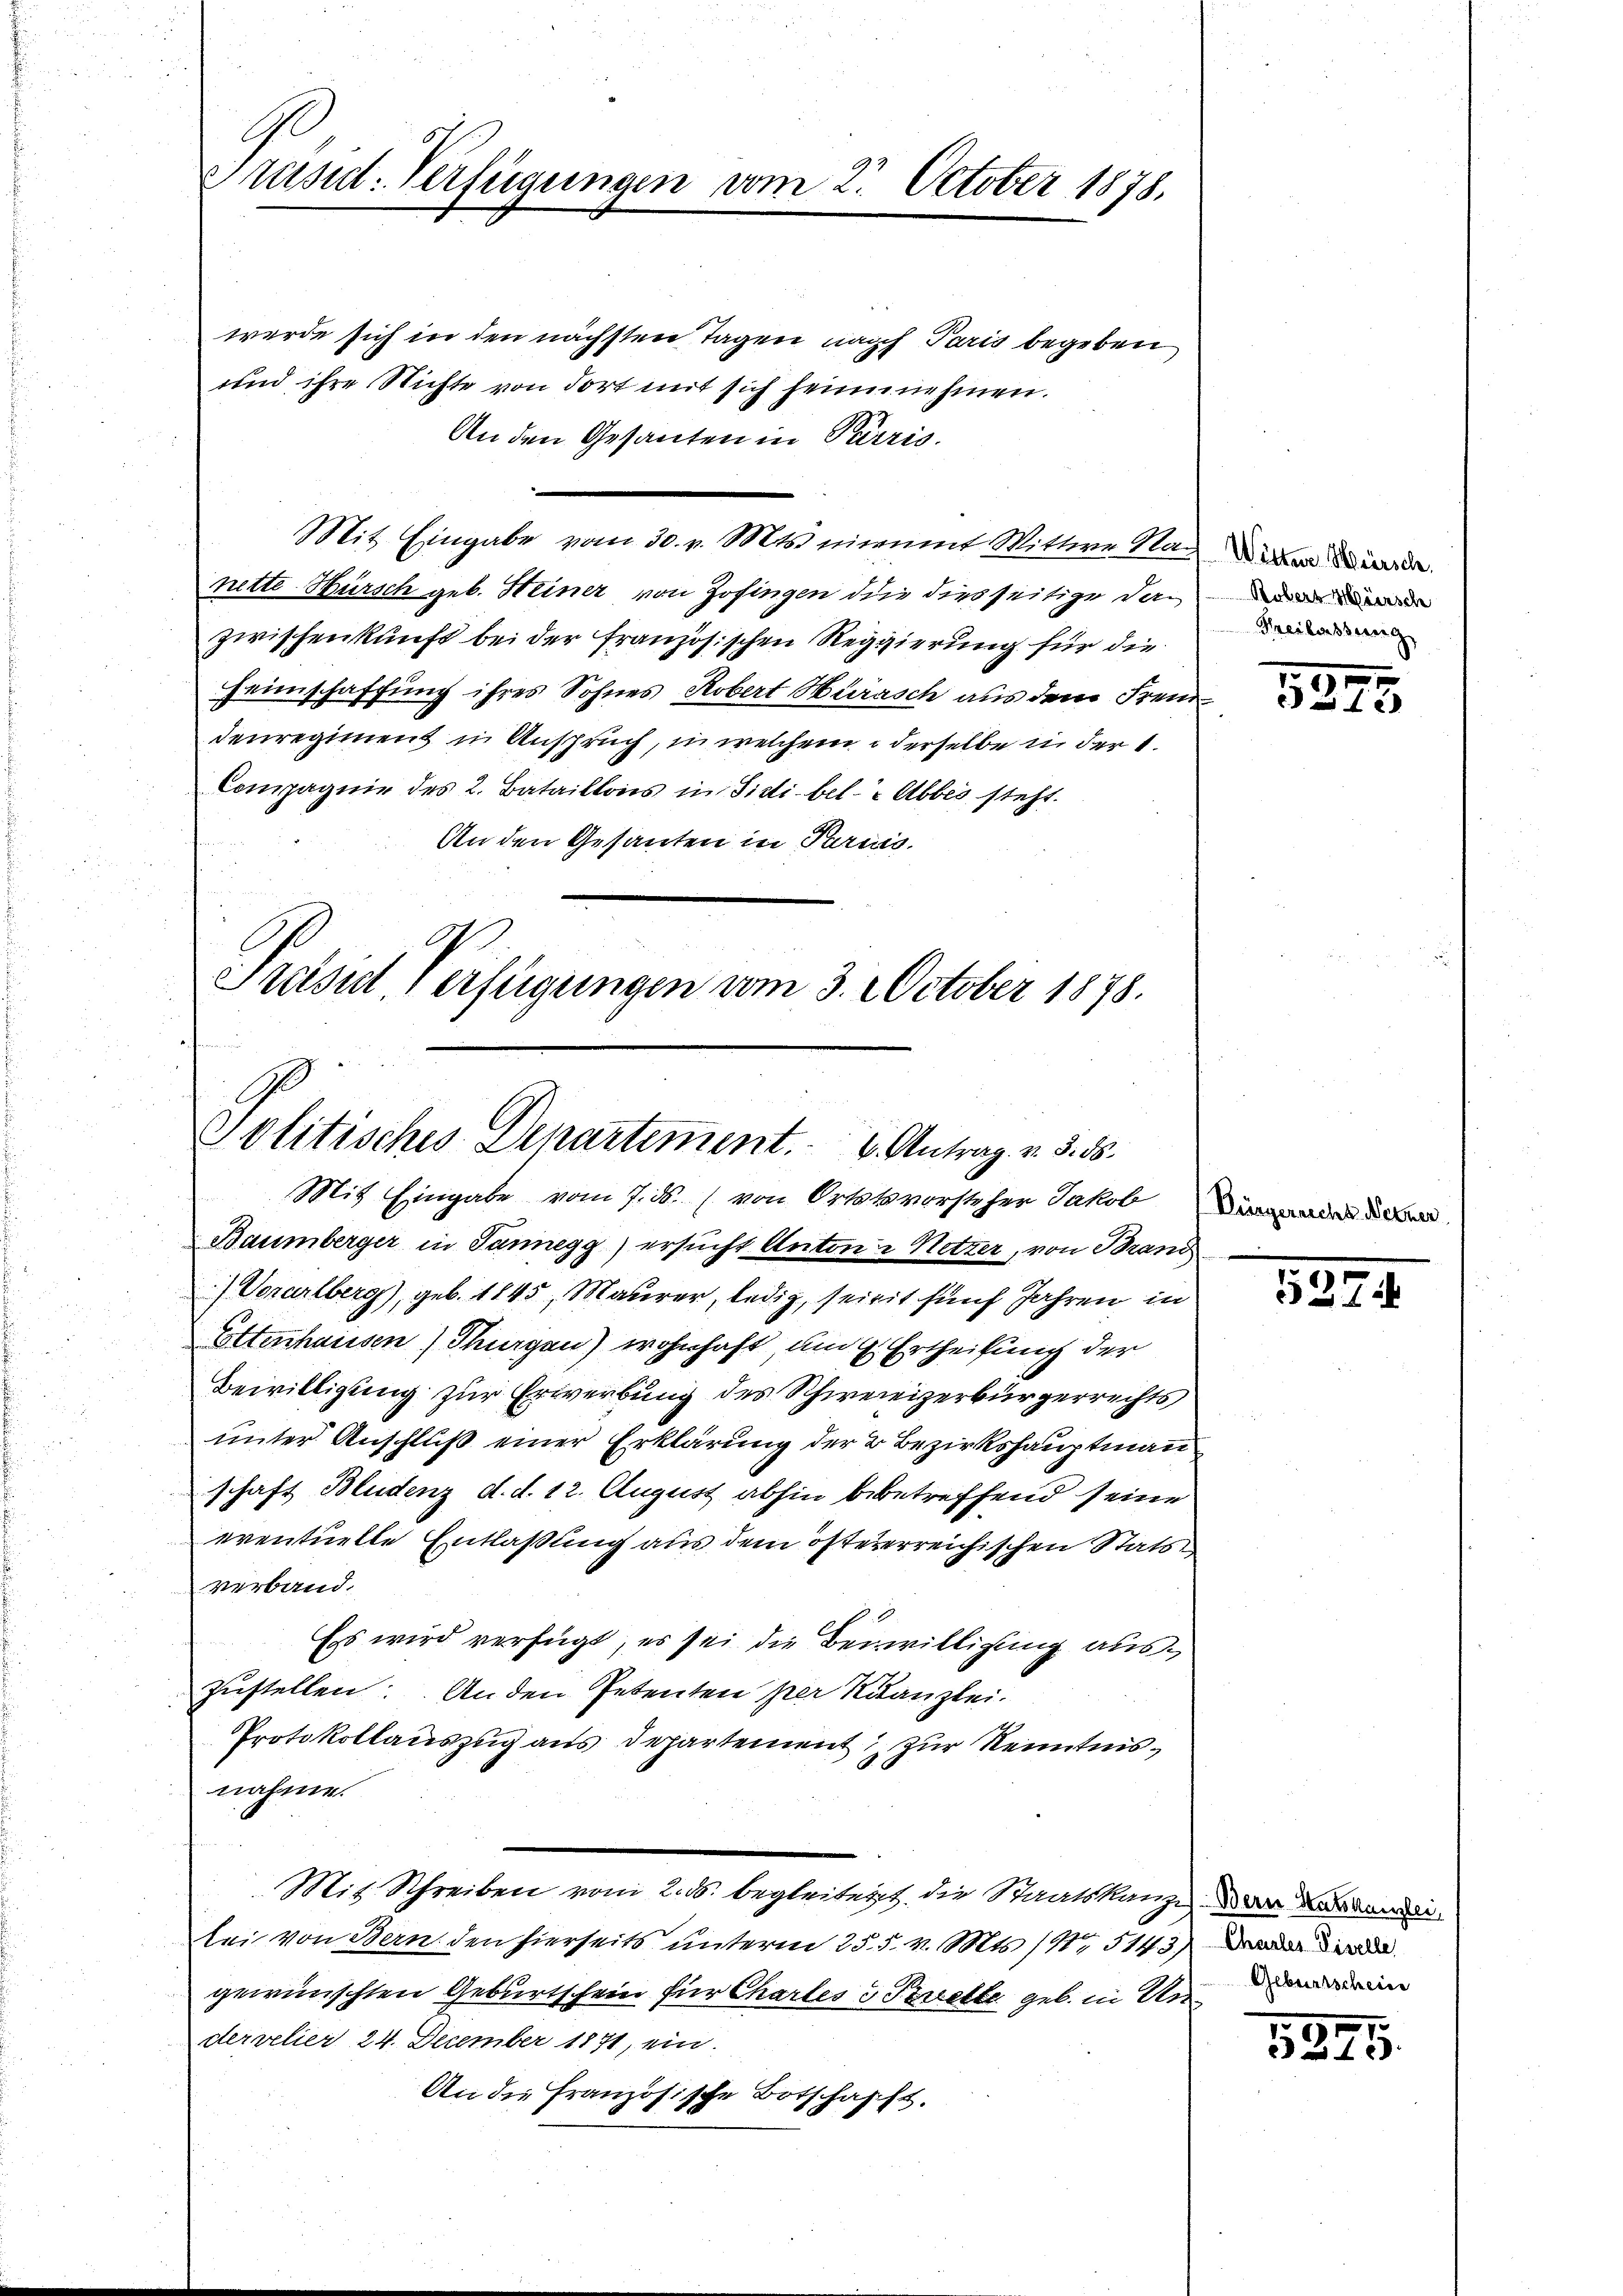
G
Präsid. Verfügungen vom 2. October 1878.

werde sich in den nächsten Tagen nach Paris begeben
und ihre Nichte von dort mit sich heim nehmen.
An den Gesanten in Parrio.
Mit Eingabe vom 30. v. Mts. nimmt Wittwe Nach de
nette Bürsch geb. Heiner von Zofingen die dies seitige dazwischenkunft bei der französischen Reggierung für die
Heimschaffung ihres Sohnes Robert Hurasch aus dem Fremdenregiment in Anspruch, in welchem derselbe in der 1.
Compagnie des 2. Bataillons in Sidibel- Abbes steht.
An den Gesanten in Paris.
Preesist. Verfügungen vom 3. October 1878.

Mit Eingabe vom 7. ds. von Ortstsvorsteher Jakob
Baumberger in Tannegg) ersucht Anton Netzer, von Brand
) Vorarlberg), geb. 1845, Maurer, ledig, seit fünf Jahren in
Ettenhausen) Thurgen) wohnhaft am 4. Ertheilung der
Bewilligung zur Erwerbung des Schwereizerbürgerrechts
unter Anschluß einer Erklärung der 2 Bezirkshauptmann
schaft Bludenz d. d. 12. August abhin bebetreffend seine
eventuelle Entlaßung aus dem östererreichischen Stats
verband.
Ess wird verfügt, es sei die Beiwilligung auszustellen: Anden Petenten per Kanzlei.
Protokollauszug aus Departement zur Kenntnisnahme.
Mit Schreiben vom 2. ds. begleitert, die Staatskanze der Kade
lei von Bern den hierseits unterm 25. d. v. Mts. (N. 5143) Da
gewünschten Geburtschein für Chartes 3 Perrette geb. in Undervelier 24. December 1871, ein.
An die französische Botschafft.

Solitisches Departement. u. Antrag v. 3. ds.

Robers Hirsch
Freilassung

1
x

8294

Geburtschein

5245.